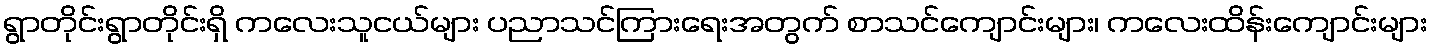
ရွာတိုင်းရွာတိုင်းရှိ ကလေးသူငယ်များ ပညာသင်ကြားရေးအတွက် စာသင်ကျောင်းများ၊ ကလေးထိန်းကျောင်းများ